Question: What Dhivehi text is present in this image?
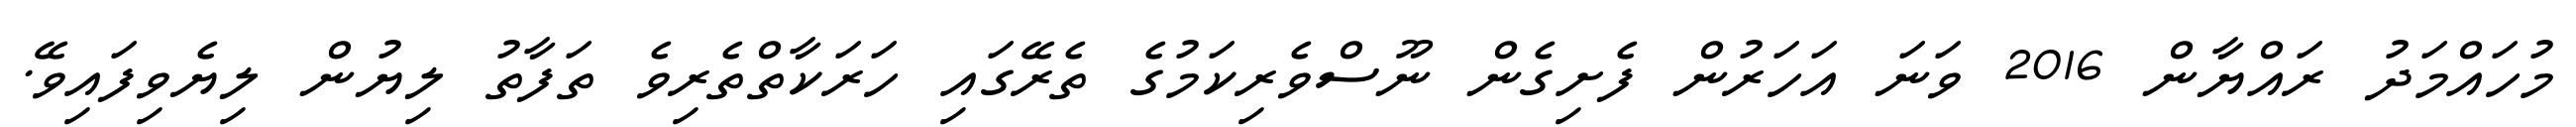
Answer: މުހައްމަދު ރައްޔާން 2016 ވަނަ އަހަރުން ފެށިގެން ނޫސްވެރިކަމުގެ ތެރޭގައި ހަރަކާތްތެރިވެ ތަފާތު ލިޔުން ލިޔެވިފައިވޭ.